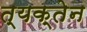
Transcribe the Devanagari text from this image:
त्यक्तेन